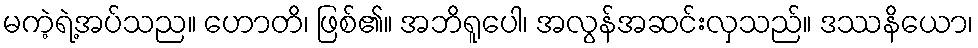
မကဲ့ရဲ့အပ်သည။ ဟောတိ၊ ဖြစ်၏။ အဘိရူပေါ၊ အလွန်အဆင်းလှသည်။ ဒဿနိယော၊